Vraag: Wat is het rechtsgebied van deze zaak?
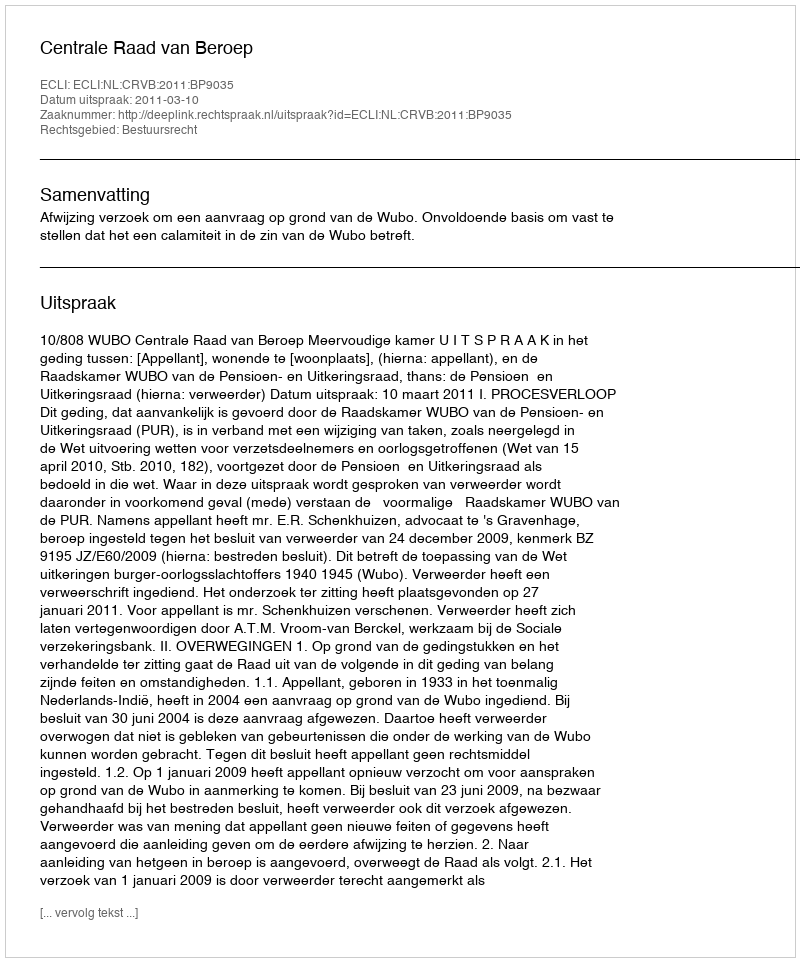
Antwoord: Bestuursrecht